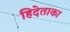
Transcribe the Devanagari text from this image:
हिदेताका